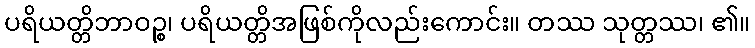
ပရိယတ္တိဘာဝဉ္စ၊ ပရိယတ္တိအဖြစ်ကိုလည်းကောင်း။ တဿ သုတ္တဿ၊ ၏။